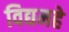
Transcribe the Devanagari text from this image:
विद्यमहे